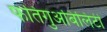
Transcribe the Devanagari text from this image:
फतिगुअबिलिटी